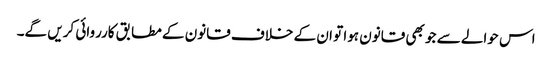
اس حوالے سے جو بھی قانون ہوا تو ان کے خلاف قانون کے مطابق کارروائی کریں گے۔